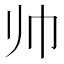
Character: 帅